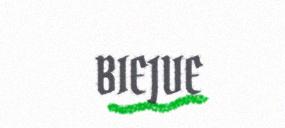
BIEJVE